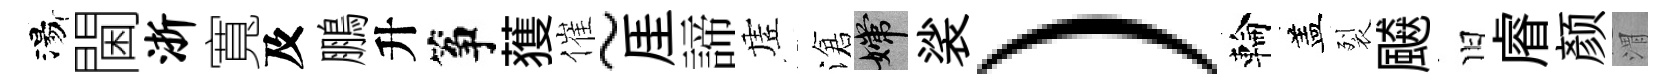
湯閫浙寬及鵬升筝𫉬催~厓諦虗滄嫦裟）輪盖裂飇旧𥈠颜渭